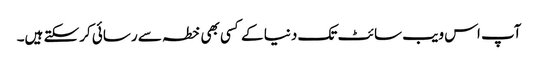
آپ اس ویب سائٹ تک دنیا کے کسی بھی خطہ سے رسائی کرسکتے ہیں۔